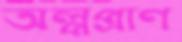
অল্পপ্রাণ